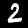
Label: 2